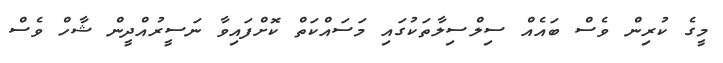
މީގެ ކުރިން ވެސް ބައެއް ސިލްސިލާތަކުގައި މަސައްކަތް ކޮށްފައިވާ ނަސީރުއްދީން ޝާހް ވެސް